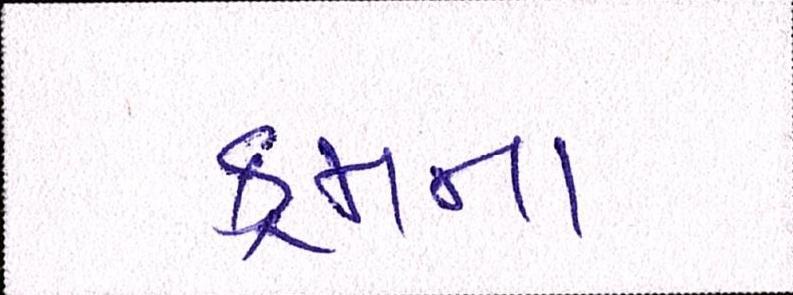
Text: ક્રમના